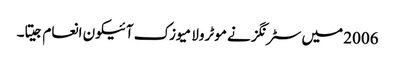
2006 میں سٹرنگز نے موٹرولا میوزک آئیکون انعام جیتا۔